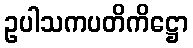
ဥပါသကပတိကိဋ္ဌော